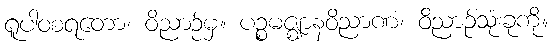
ရူပါဝစရတော၊ ဝိညာဉ်မှ။ ပဉ္စမဇ္ဈာနဝိညာဏံ၊ ဝိညာဉ်သုံးခုကို။